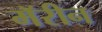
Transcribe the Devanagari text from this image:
मॅरीन